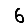
Digit: 6